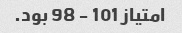
امتیاز 101 - 98 بود.